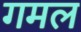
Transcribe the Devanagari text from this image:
गमल